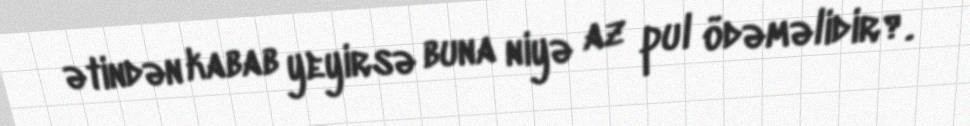
ətindən kabab yeyirsə buna niyə az pul ödəməlidir?.